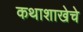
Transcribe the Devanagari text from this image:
कथाशाखेचे